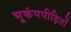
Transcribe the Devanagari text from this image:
भूकंपपीड़ितों